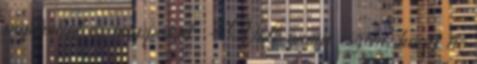
papírokat és mappákat. – Volt annyi eszem, hogy ne